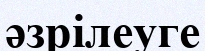
әзрілеуге